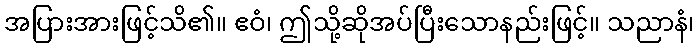
အပြားအားဖြင့်သိ၏။ ဧဝံ၊ ဤသို့ဆိုအပ်ပြီးသောနည်းဖြင့်။ သညာနံ၊